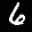
Label: 6